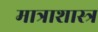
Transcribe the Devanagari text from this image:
मात्राशास्त्र